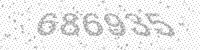
Solution: 686935